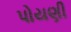
પોયણી